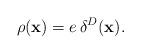
LaTeX: \begin{align*}\rho ({\bf x})=e\,\delta ^{D}({\bf x}). \end{align*}